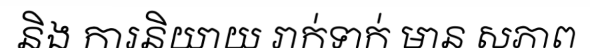
និង ការនិយាយ រាក់ទាក់ មាន សភាព